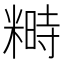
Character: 𥻵